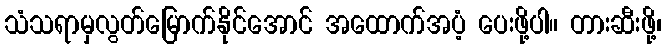
သံသရာမှလွတ်မြောက်နိုင်အောင် အထောက်အပံ့ ပေးဖို့ပါ။ တားဆီးဖို့၊